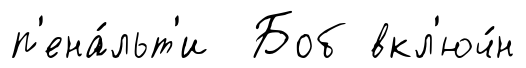
п'ена́льт'и Боб вкл'юч́н